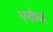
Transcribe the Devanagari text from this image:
एकेह